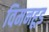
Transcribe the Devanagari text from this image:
विमनहूड